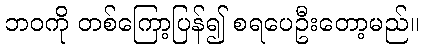
ဘဝကို တစ်ကြော့ပြန်၍ စရပေဦးတော့မည်။